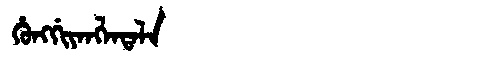
Manchu: ᡥᡠᠩᡤᡳᠶᠠᠩᠯᠠᡨᠠᠯᠠ
Romanization: HUNGGIYANGLATALA